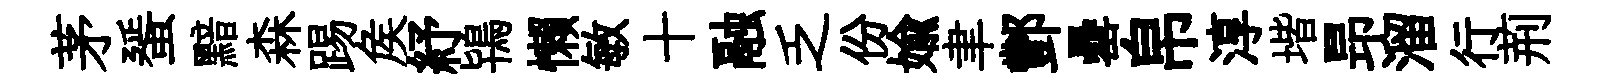
茅蜑黯森踢矦紓鴇懒敏十融乏份媮聿酆罍帛淳堦昻溜行荊